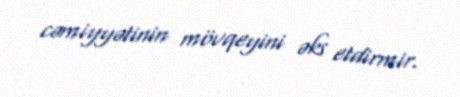
cəmiyyətinin mövqeyini əks etdirmir.